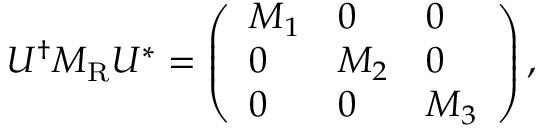
U ^ { \dagger } M _ { \mathrm { R } } U ^ { * } = \left( \begin{array} { l l l } { { M _ { 1 } } } & { { 0 } } & { { 0 } } \\ { { 0 } } & { { M _ { 2 } } } & { { 0 } } \\ { { 0 } } & { { 0 } } & { { M _ { 3 } } } \end{array} \right) ,